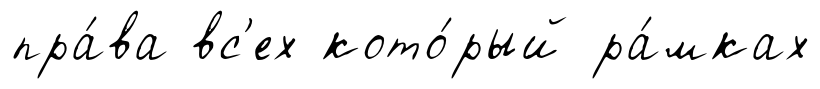
пра́ва вс'ех кото́рый ра́мках